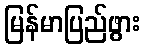
မြန်မာပြည်ဖွား